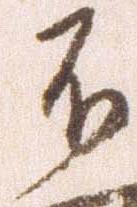
不